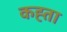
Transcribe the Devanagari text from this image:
कह्ता